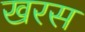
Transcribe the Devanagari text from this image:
खरस